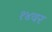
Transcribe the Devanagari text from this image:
१४वर